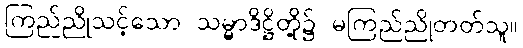
ကြည်ညိုသင့်သော သမ္မာဒိဋ္ဌိတို့၌ မကြည်ညိုတတ်သူ။